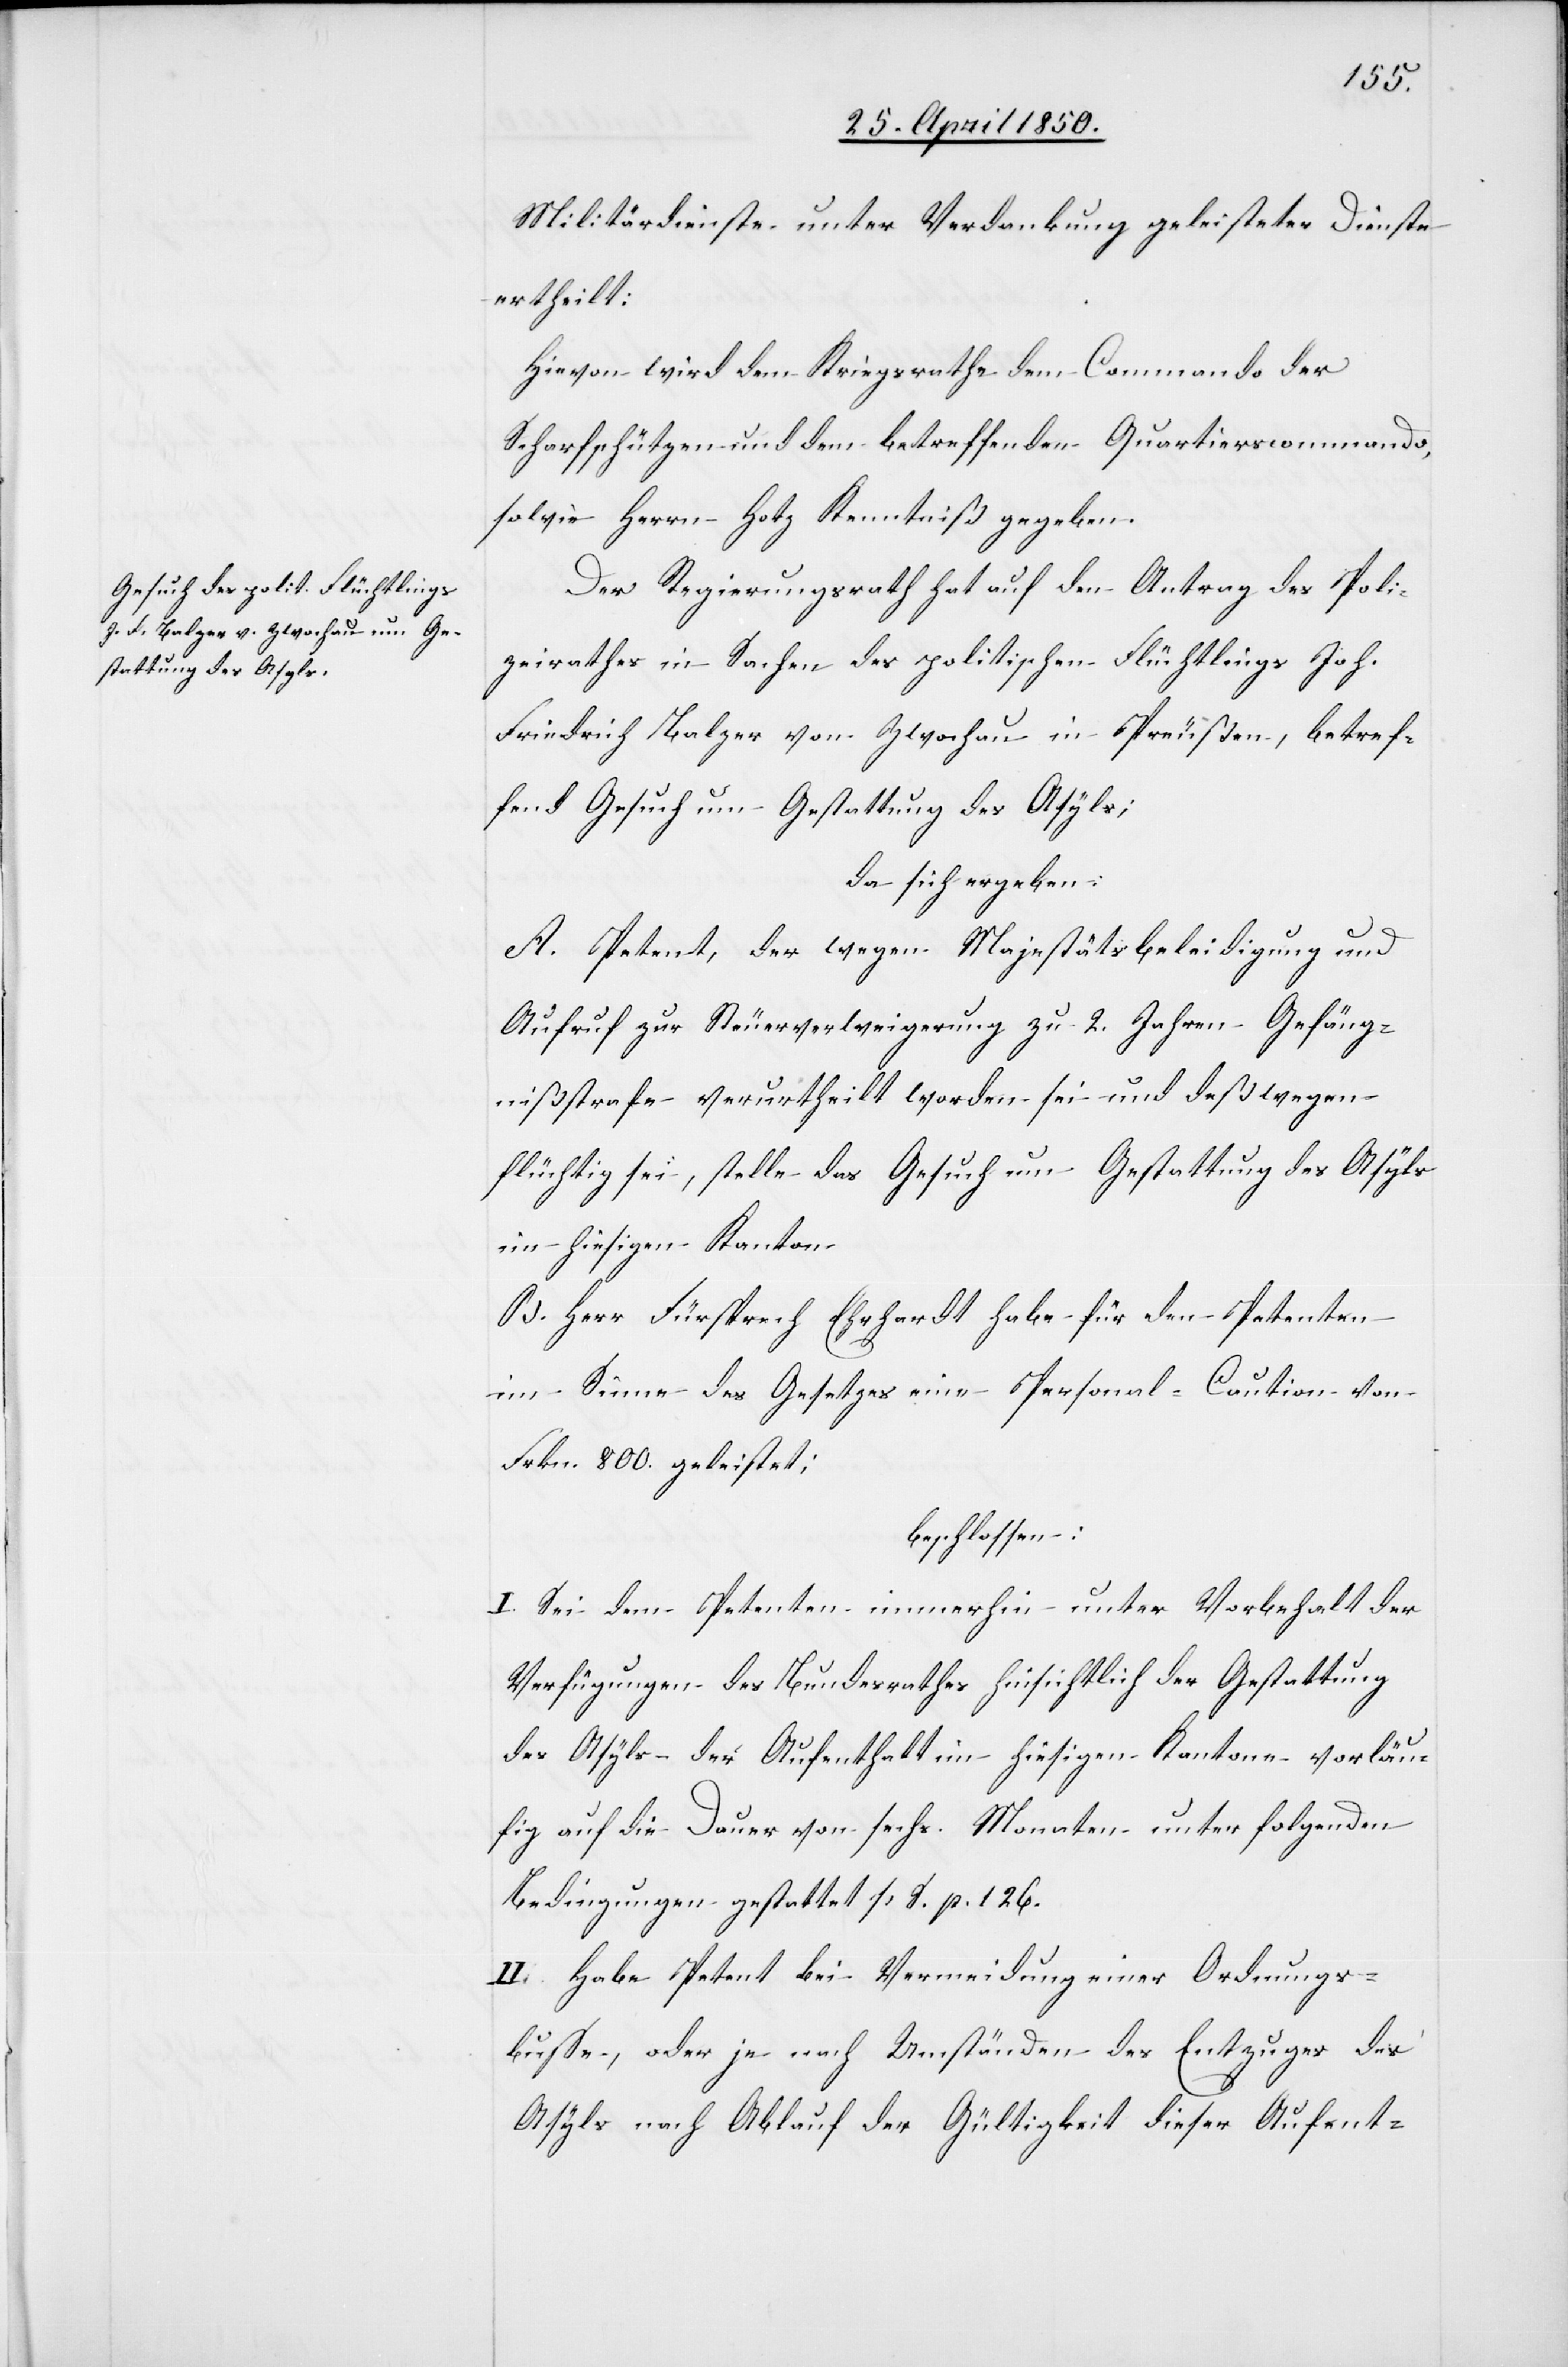
Militärdienste unter Verdankung geleisteter Dienste
ertheilt:
Hievon wird dem Kriegsrathe[,] dem Commando der
Scharfschützen und dem betreffenden Quartierscommando,
sowie Herrn Hotz Kenntniß gegeben.
Der Regierungsrath hat auf den Antrag des Poli¬
zeirathes in Sachen des politischen Flüchtlings Joh.
Friedrich Balzer von Zwochau in Preußen, betref¬
fend Gesuch um Gestattung des Asyls;
da sich ergeben:
A. Petent, der wegen Majestätsbeleidigung und
Aufruf zur Steuerverweigerung zu 2. Jahren Gefäng¬
nißstrafe verurtheilt worden sei und deßwegen
flüchtig sei, stelle das Gesuch um Gestattung des Asyls
im hiesigen Kanton
B. Herr Fürsprech Ehrhardt habe für den Petenten
im Sinne des Gesetzes eine Personal-Caution von
Frkn. 800. geleistet;
beschlossen:
I. Sei dem Petenten immerhin unter Vorbehalt der
Verfügungen des Bundesrathes hinsichtlich der Gestattung
des Asyls der Aufenthalt im hiesigen Kantone vorläu¬
fig auf die Dauer von sechs Monaten unter folgenden
Bedingungen gestattet [S. p. 126.[]]
II. Habe Petent bei Vermeidung einer Ordnungs¬
buße, oder je nach Umständen des Entzuges des
Asyls nach Ablauf der Gültigkeit dieser Aufent-